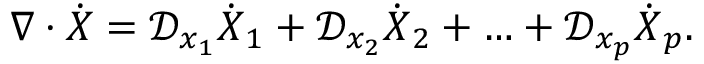
\boldsymbol { \nabla } \cdot \dot { \boldsymbol { X } } = \mathcal { D } _ { x _ { 1 } } \dot { \boldsymbol { X } } _ { 1 } + \mathcal { D } _ { x _ { 2 } } \dot { \boldsymbol { X } } _ { 2 } + \ldots + \mathcal { D } _ { x _ { p } } \dot { \boldsymbol { X } } _ { p } .